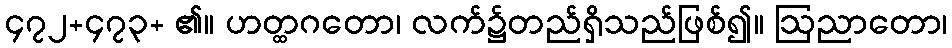
၄၇၂+၄၇၃+ ၏။ ဟတ္ထဂတော၊ လက်၌တည်ရှိသည်ဖြစ်၍။ ဩညာတော၊